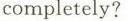
completely?